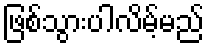
ဖြစ်သွားပါလိမ့်မည်